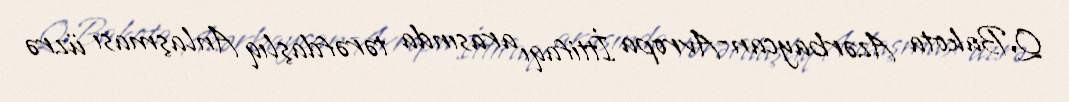
Q.Bakota Azərbaycan-Avropa İttifaqı arasında tərəfdaşlıq Anlaşması üzrə